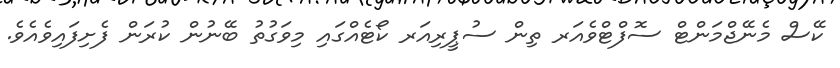
ކޭސް މެނޭޖްމަންޓް ސޮފްޓްވެއަރ ތިން ސުޕީރިއަރ ކޯޓެއްގައި މިވަގުތު ބޭނުން ކުރަން ފެށިފައިވެއެވެ.